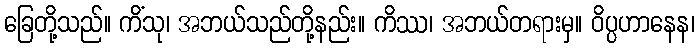
ခြေတို့သည်။ ကိံသု၊ အဘယ်သည်တို့နည်း။ ကိဿ၊ အဘယ်တရားမှ။ ဝိပ္ပဟာနေန၊